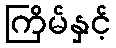
ကြိမ်နှင့်